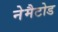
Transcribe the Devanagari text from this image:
नेमैटोड